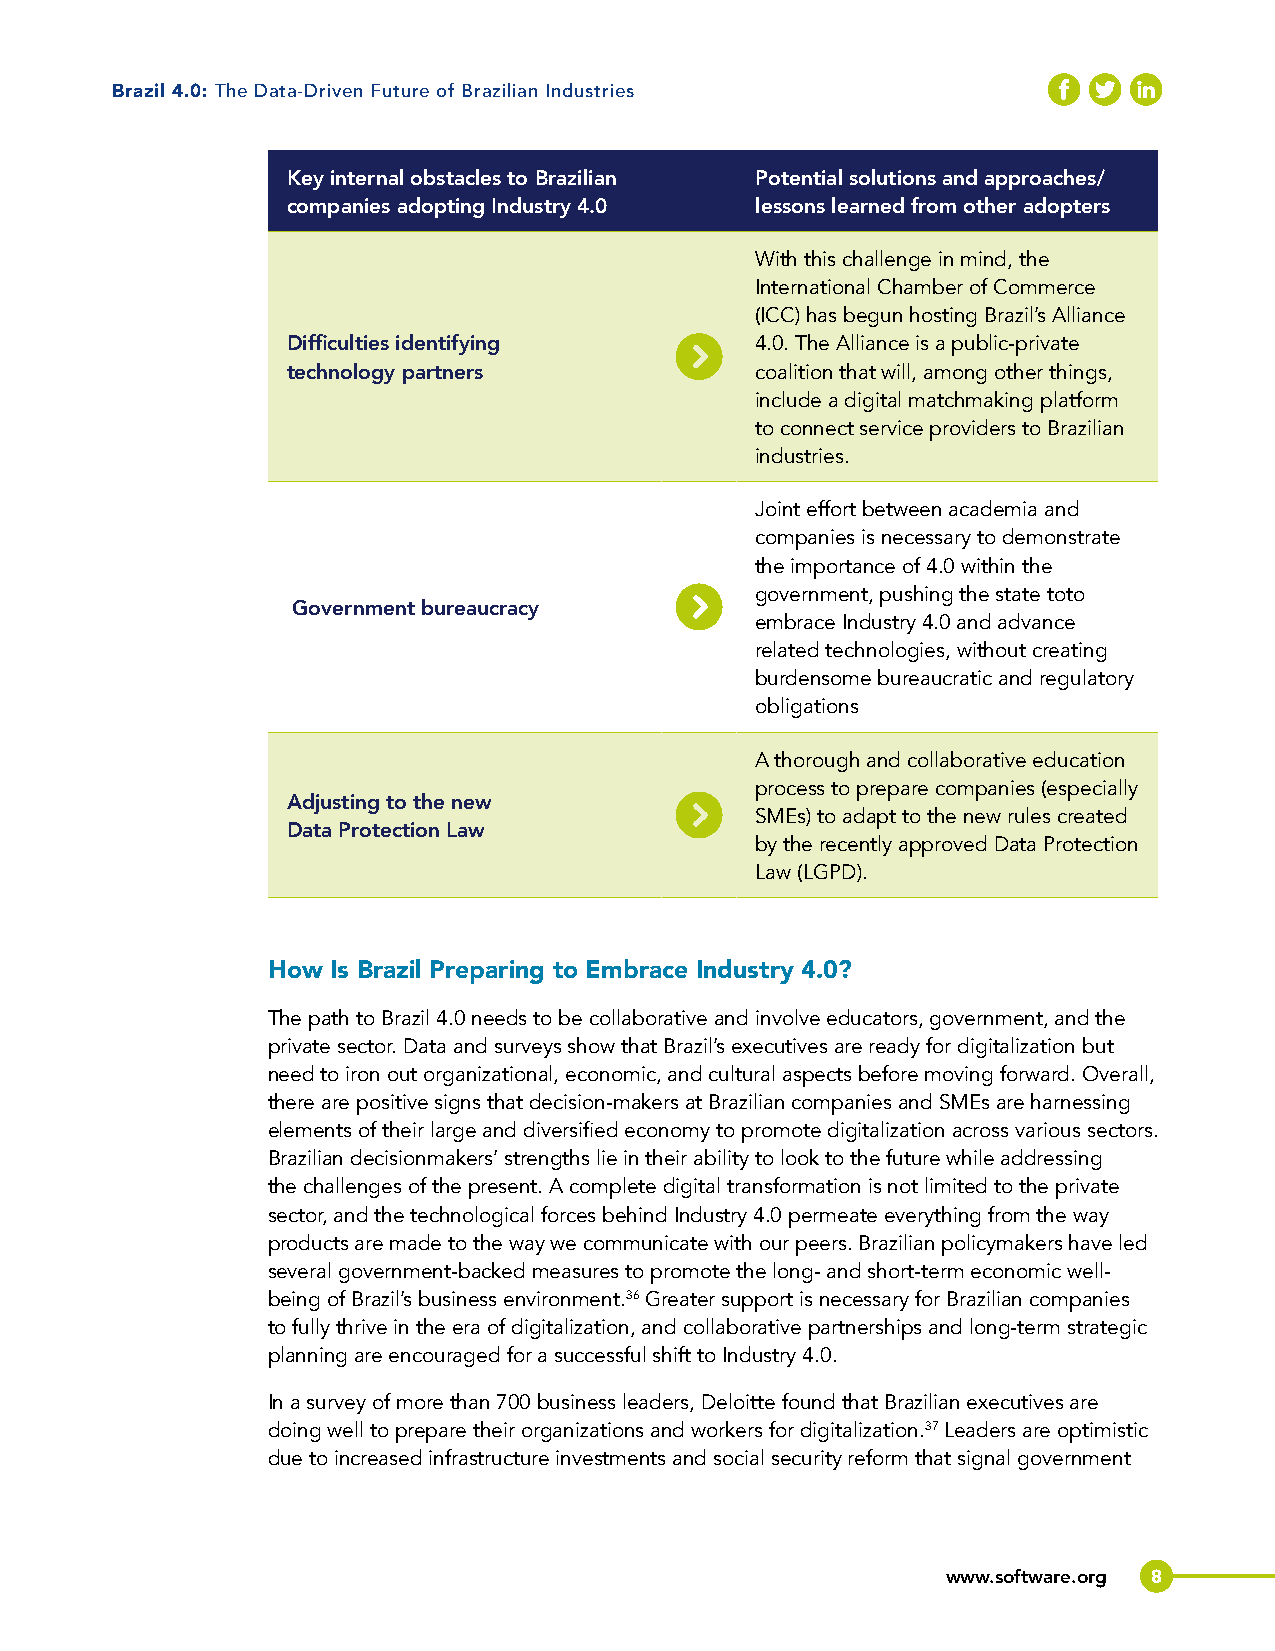
Brazil 4.0: The Data-Driven Future of Brazilian Industries
 Key internal obstacles to Brazilian Potential solutions and approaches/
 companies adopting Industry 4.0 lessons learned from other adopters
 With this challenge in mind, the
 International Chamber of Commerce
 (ICC) has begun hosting Brazil’s Alliance
 Difficulties identifying       4.0. The Alliance is a public-private
 technology partners            coalition that will, among other things,
 include a digital matchmaking platform
 to connect service providers to Brazilian
 industries.
 Joint effort between academia and
 companies is necessary to demonstrate
 the importance of 4.0 within the
 government, pushing the state toto
 Government bureaucracy
 embrace Industry 4.0 and advance
 related technologies, without creating
 burdensome bureaucratic and regulatory
 obligations
 A thorough and collaborative education
 process to prepare companies (especially
 Adjusting to the new
 SMEs) to adapt to the new rules created
 Data Protection Law
 by the recently approved Data Protection
 Law (LGPD).
 How Is Brazil Preparing to Embrace Industry 4.0?
 The path to Brazil 4.0 needs to be collaborative and involve educators, government, and the
 private sector. Data and surveys show that Brazil’s executives are ready for digitalization but
 need to iron out organizational, economic, and cultural aspects before moving forward. Overall,
 there are positive signs that decision-makers at Brazilian companies and SMEs are harnessing
 elements of their large and diversified economy to promote digitalization across various sectors.
 Brazilian decisionmakers’ strengths lie in their ability to look to the future while addressing
 the challenges of the present. A complete digital transformation is not limited to the private
 sector, and the technological forces behind Industry 4.0 permeate everything from the way
 products are made to the way we communicate with our peers. Brazilian policymakers have led
 several government-backed measures to promote the long- and short-term economic well-
 being of Brazil’s business environment.36 Greater support is necessary for Brazilian companies
 to fully thrive in the era of digitalization, and collaborative partnerships and long-term strategic
 planning are encouraged for a successful shift to Industry 4.0.
 In a survey of more than 700 business leaders, Deloitte found that Brazilian executives are
 doing well to prepare their organizations and workers for digitalization.37 Leaders are optimistic
 due to increased infrastructure investments and social security reform that signal government
 www.software.org 8